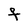
Character: F